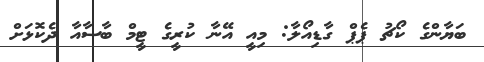
ބަޔާންގެ ކޯޗު ޕެޕް ގާޑިއޯލާ: މިއީ އޭނާ ކުރީގެ ޓީމް ބާސާއާ ދެކޮޅަށް